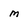
Character: m